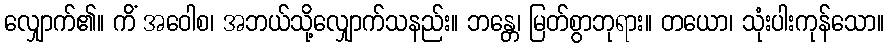
လျှောက်၏။ ကိံ အဝေါစ၊ အဘယ်သို့လျှောက်သနည်း။ ဘန္တေ၊ မြတ်စွာဘုရား။ တယော၊ သုံးပါးကုန်သော။